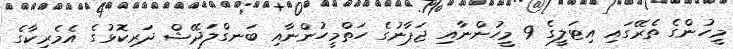
މީހުންގެ ތެރޭގައި އިޓަލީގެ 9 މީހުންނާއި ޖަޕާނުގެ ހަތްމީހުންނާއި ބަނގްލަދޭޝް ދަރިކޮޅުގެ އެމެރިކާގެ